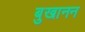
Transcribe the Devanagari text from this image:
बुखानन